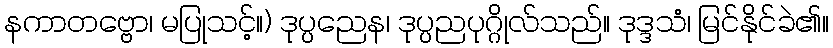
နကာတဗ္ဗော၊ မပြုသင့်။) ဒုပ္ပညေန၊ ဒုပ္ပညပုဂ္ဂိုလ်သည်။ ဒုဒ္ဒသံ၊ မြင်နိုင်ခဲ၏။